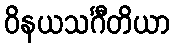
ဝိနယသင်္ဂီတိယာ